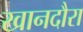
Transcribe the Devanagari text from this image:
खानदौरा